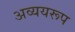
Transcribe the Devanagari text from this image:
अव्ययरूप